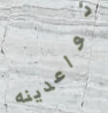
تواعدينه